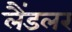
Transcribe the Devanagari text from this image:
लैंडलर